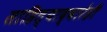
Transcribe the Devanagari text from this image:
साहित्याद्वारेही